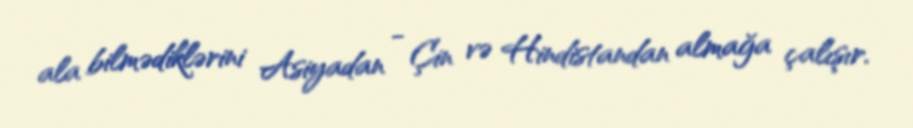
ala bilmədiklərini Asiyadan - Çin və Hindistandan almağa çalışır.